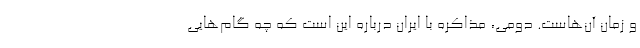
و زمان آن‌هاست. دومی، مذاکره با ایران درباره این است که چه گام‌هایی